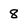
Character: 8